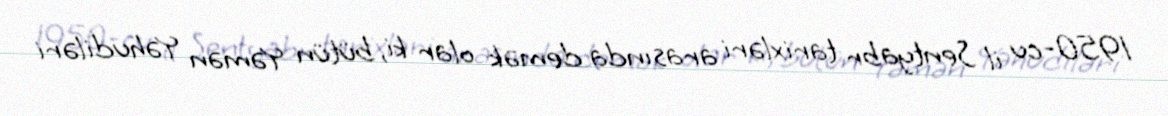
1950-cu il Sentyabr tarixləri arasında demək olar ki, bütün Yəmən Yəhudiləri